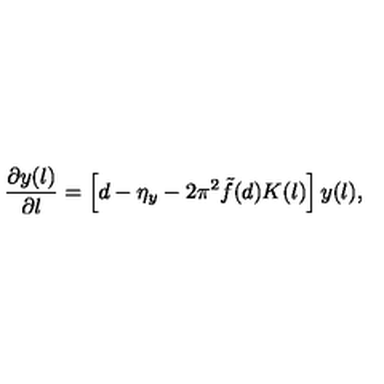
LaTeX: \frac { \partial y ( l ) } { \partial l } = \left[ d - \eta _ { y } - 2 \pi ^ { 2 } \tilde { f } ( d ) K ( l ) \right] y ( l ) ,